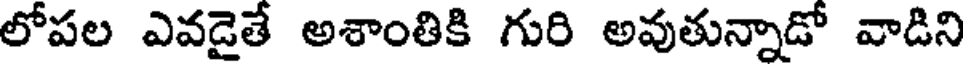
లోపల ఎవడైతే అశాంతికి గురి అవుతున్నాడో వాడిని